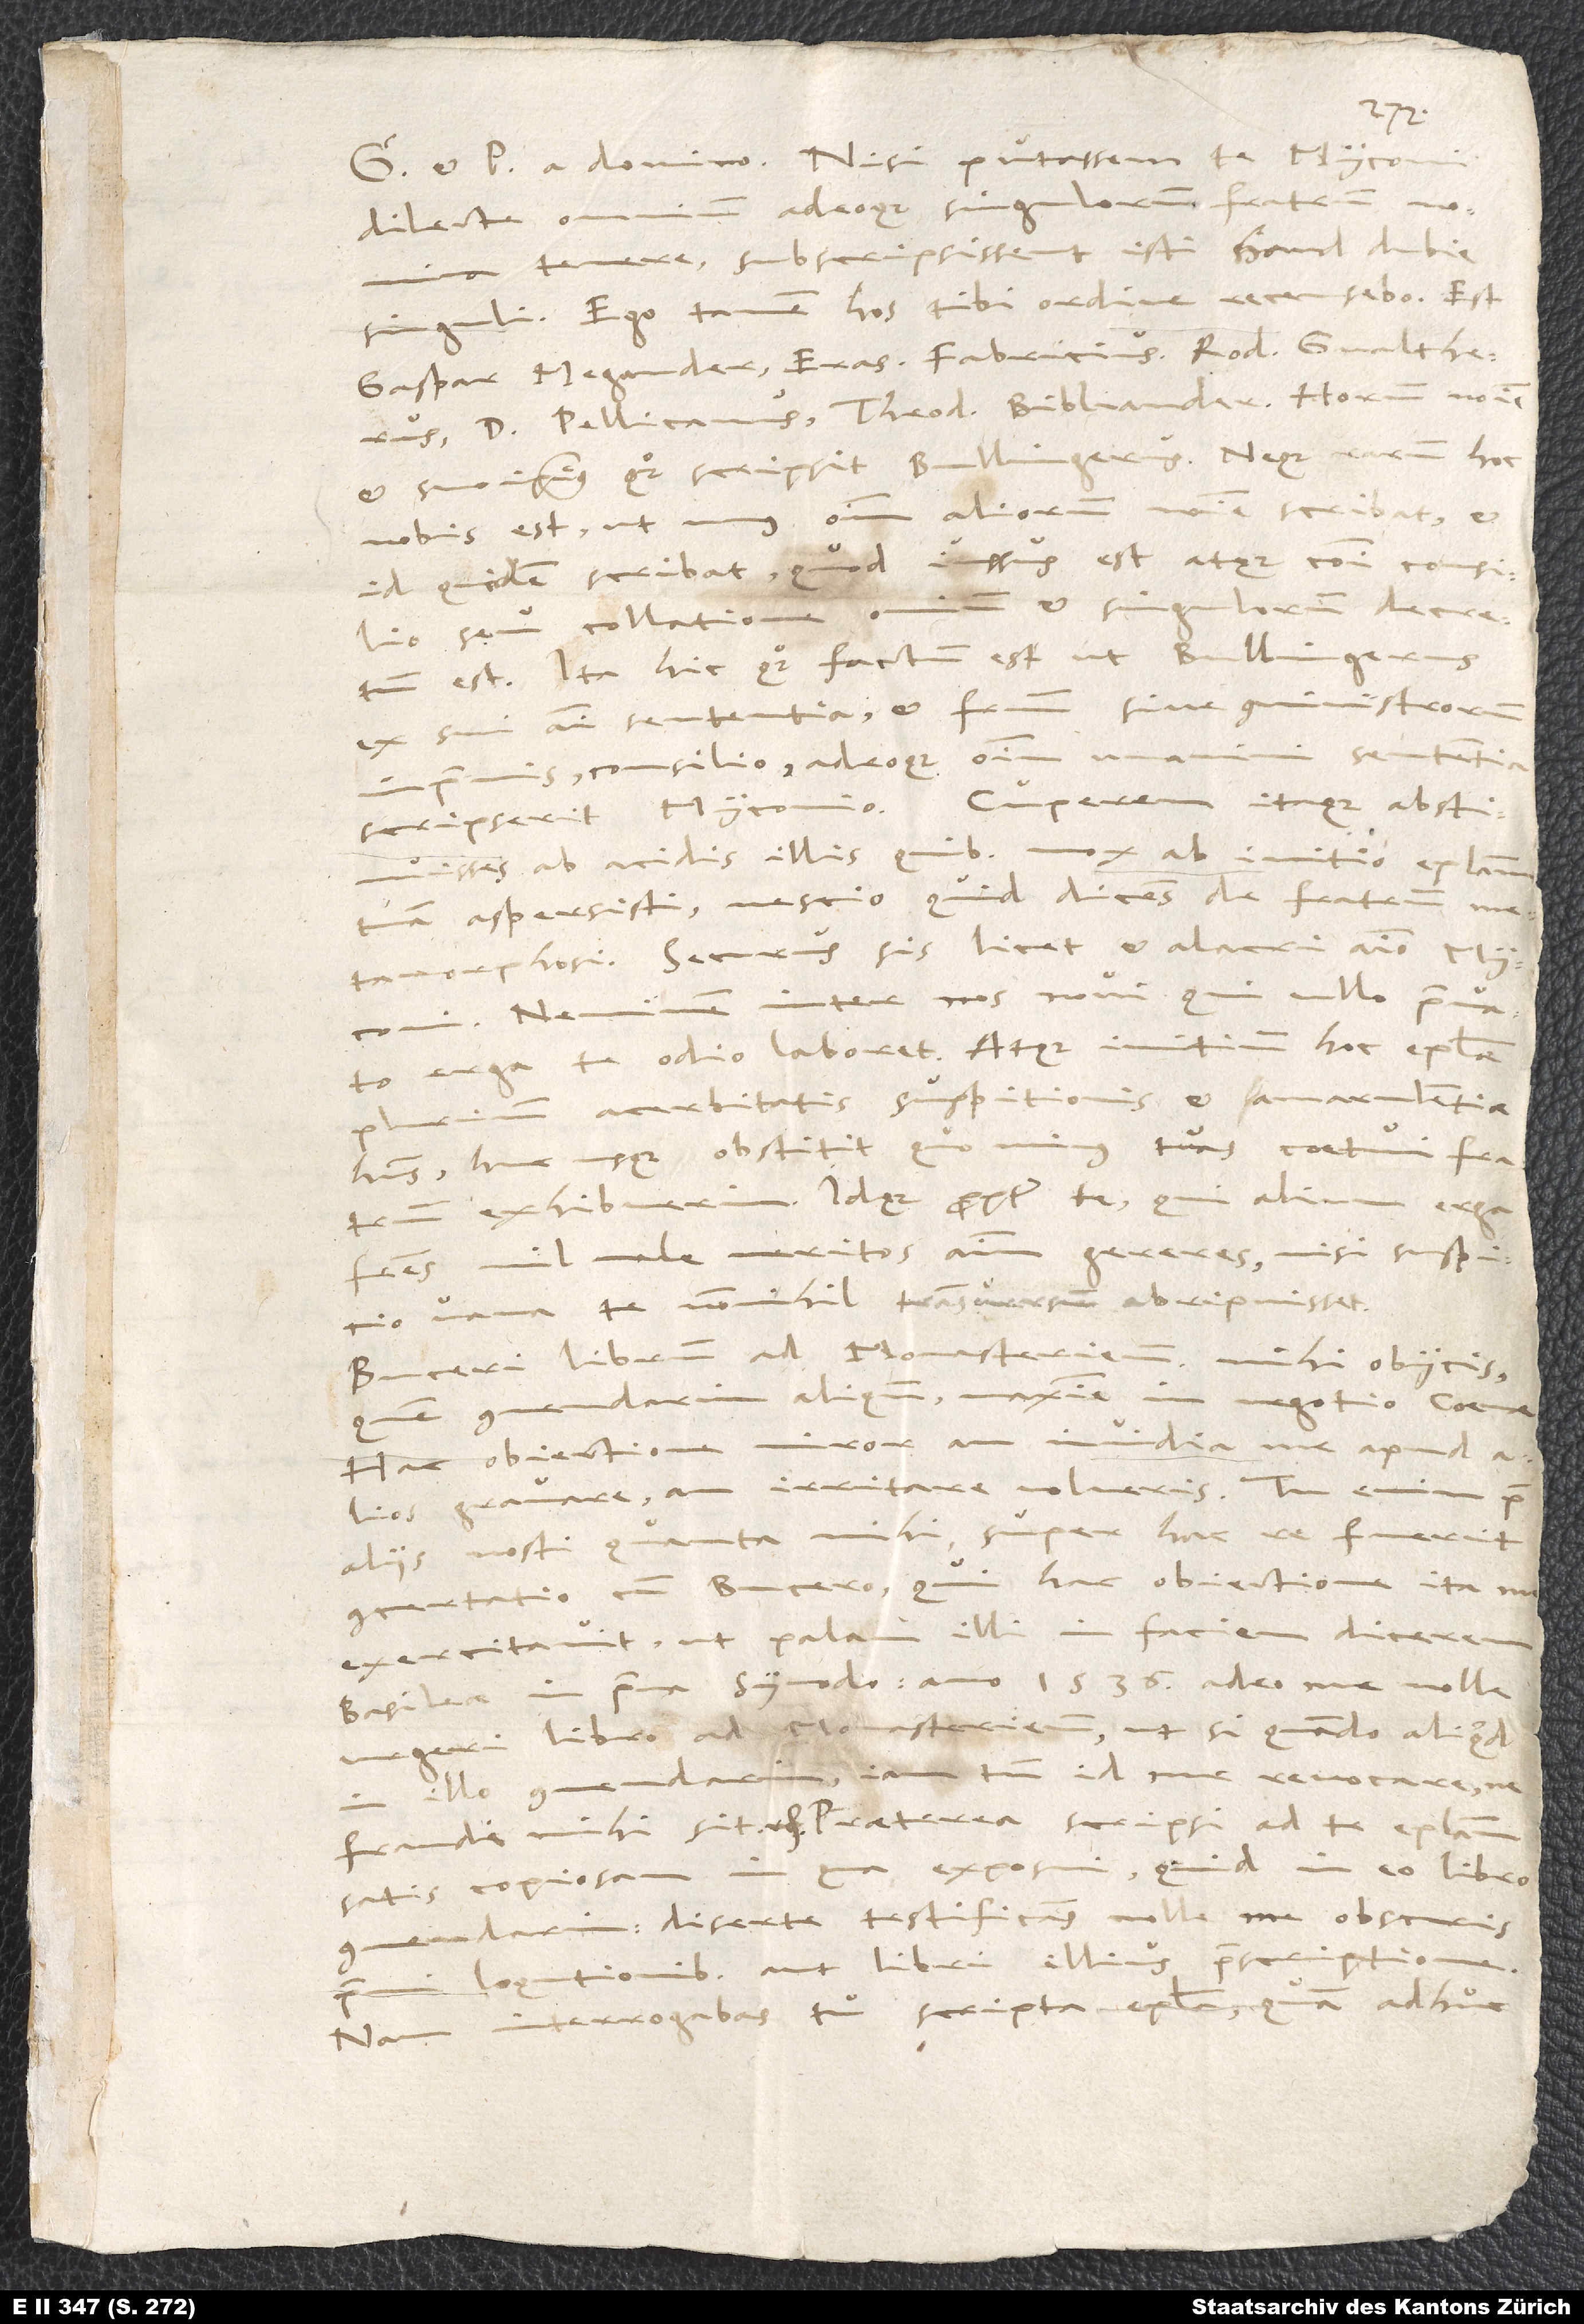
dilecte, omnium adeoque singulorum fratrum nomina
tenere, subscripsissent isti haud dubie
singuli. Ego tamen hos tibi ordine recensebo: Est
Gaspar Megander, Erasmus Fabricius, Rodolphus Gvaltherus,
d. Pellicanus, Theodorus Bibliander. Horum nomine
et suo ipsius quoque scripsit Bullingerus. Neque rarum hoc
nobis est, ut unus omnium aliorum nomine scribat et
id quidem scribat, quod iussus est atque communi consilio
et singulorum decretum
seu collatione
est. Ita hic quoque factum est, ut Bullingerus
ex sui animi sententia et fratrum sive comministrorum
unanimi sententia
inprimis consilio adeoque omnium
scripserit Myconio. Cuperem itaque, abstinuisses
ab acidis illis, quibus mox ab initio epistolam
tuam aspersisti, nescio quid dicens de fratrum metamorphosi.
Securus sis, licet, et alacri animo, Myconi.
Neminem inter nos novi, qui ullo privato
erga te odio laboret. Atque initium hoc epistolae
acerbitatis, suspitionis et amarulentiae
habens huc usque obstitit, quo minus tuas coetui fratrum
exhibuerim. Idque propter te, qui alium erga
fratres nil male meritos animum gereres, nisi suspitio
vana te nonnihil transversum abripuisset.
Buceri librum ad Monasterienses mihi obiicis,
quem commendarim aliquando, maxime in negotio coenae.
Hac obiectione miror, an invidia me apud
gravare an irritare volueris. Tu enim prae
aliis nosti, quanta mihi super hac re fuerit
concertatio cum Bucero, qui hac obiectione ita me
exercitavit, ut palam illi in faciem dicerem
Basileae in prima synodo anno 1536 adeo me nolle
urgeri libro ad Monasterienses, ut, si quando aliquod
tamen id me revocare, ne
in illo commendarim,
fraudi mihi sit etc. Praeterea scripsi ad te epistolam
satis copiosam, in qua exposui, quid in eo libro
diserte testificans nolle me obscuris
loqutionibus aut libri illius praescriptione.
Nam interrogabas tu scripta epistola, quam adhuc